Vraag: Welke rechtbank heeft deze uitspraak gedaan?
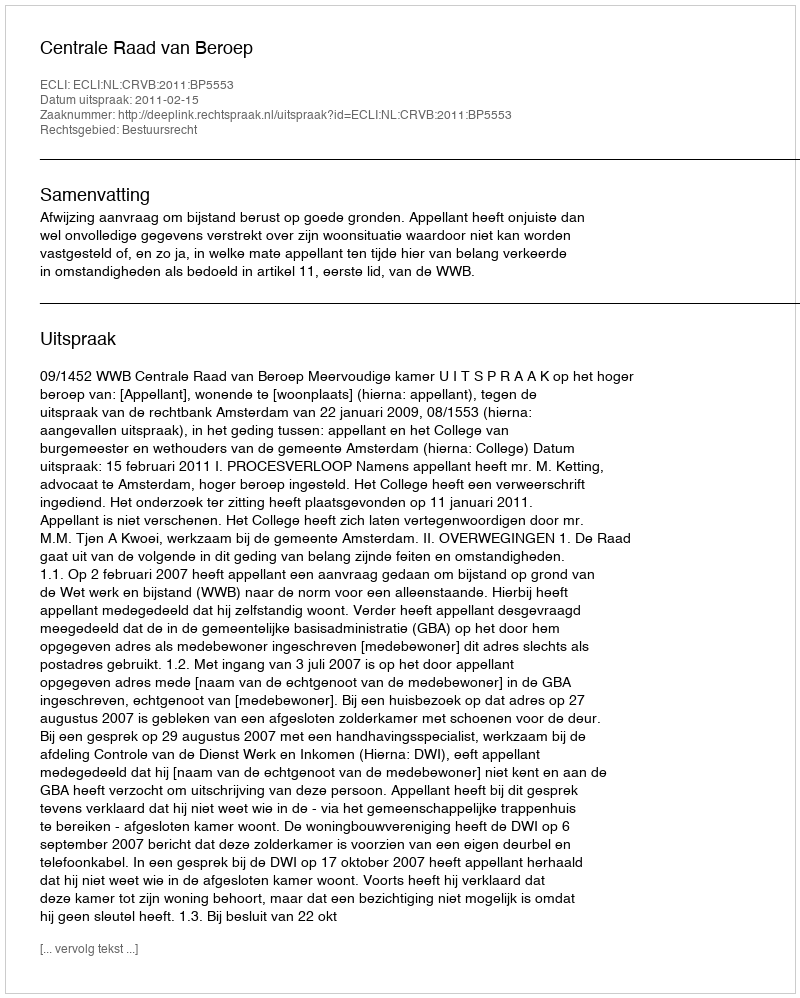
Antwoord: Centrale Raad van Beroep